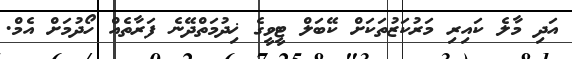
އަދި މާލެ ކައިރި މަރުކަޒުތަކަށް ކޭބަލް ޓީވީގެ ޚިދުމަތްދޭނެ ފަރާތެއް ހޯދުމަށް އެމް.